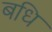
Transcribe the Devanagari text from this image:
बधि